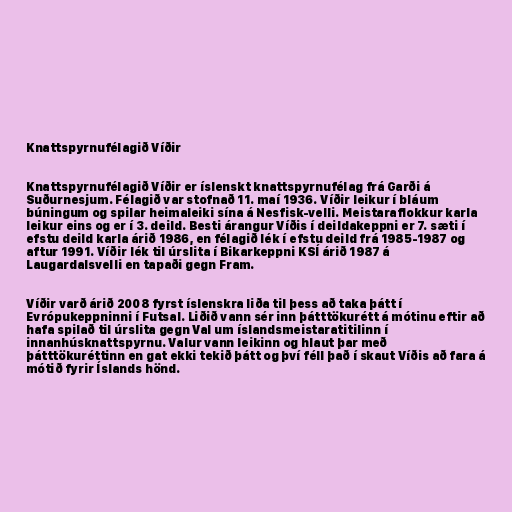
Knattspyrnufélagið Víðir

Knattspyrnufélagið Víðir er íslenskt knattspyrnufélag frá Garði á
Suðurnesjum. Félagið var stofnað 11. maí 1936. Víðir leikur í bláum
búningum og spilar heimaleiki sína á Nesfisk-velli. Meistaraflokkur karla
leikur eins og er í 3. deild. Besti árangur Víðis í deildakeppni er 7. sæti í
efstu deild karla árið 1986, en félagið lék í efstu deild frá 1985-1987 og
aftur 1991. Víðir lék til úrslita í Bikarkeppni KSÍ árið 1987 á
Laugardalsvelli en tapaði gegn Fram.

Víðir varð árið 2008 fyrst íslenskra liða til þess að taka þátt í
Evrópukeppninni í Futsal. Liðið vann sér inn þátttökurétt á mótinu eftir að
hafa spilað til úrslita gegn Val um íslandsmeistaratitilinn í
innanhúsknattspyrnu. Valur vann leikinn og hlaut þar með
þátttökuréttinn en gat ekki tekið þátt og því féll það í skaut Víðis að fara á
mótið fyrir Íslands hönd.